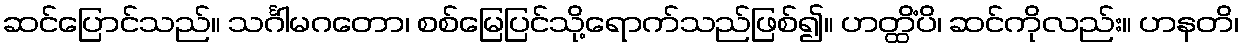
ဆင်ပြောင်သည်။ သင်္ဂါမဂတော၊ စစ်မြေပြင်သို့ရောက်သည်ဖြစ်၍။ ဟတ္ထိံပိ၊ ဆင်ကိုလည်း။ ဟနတိ၊